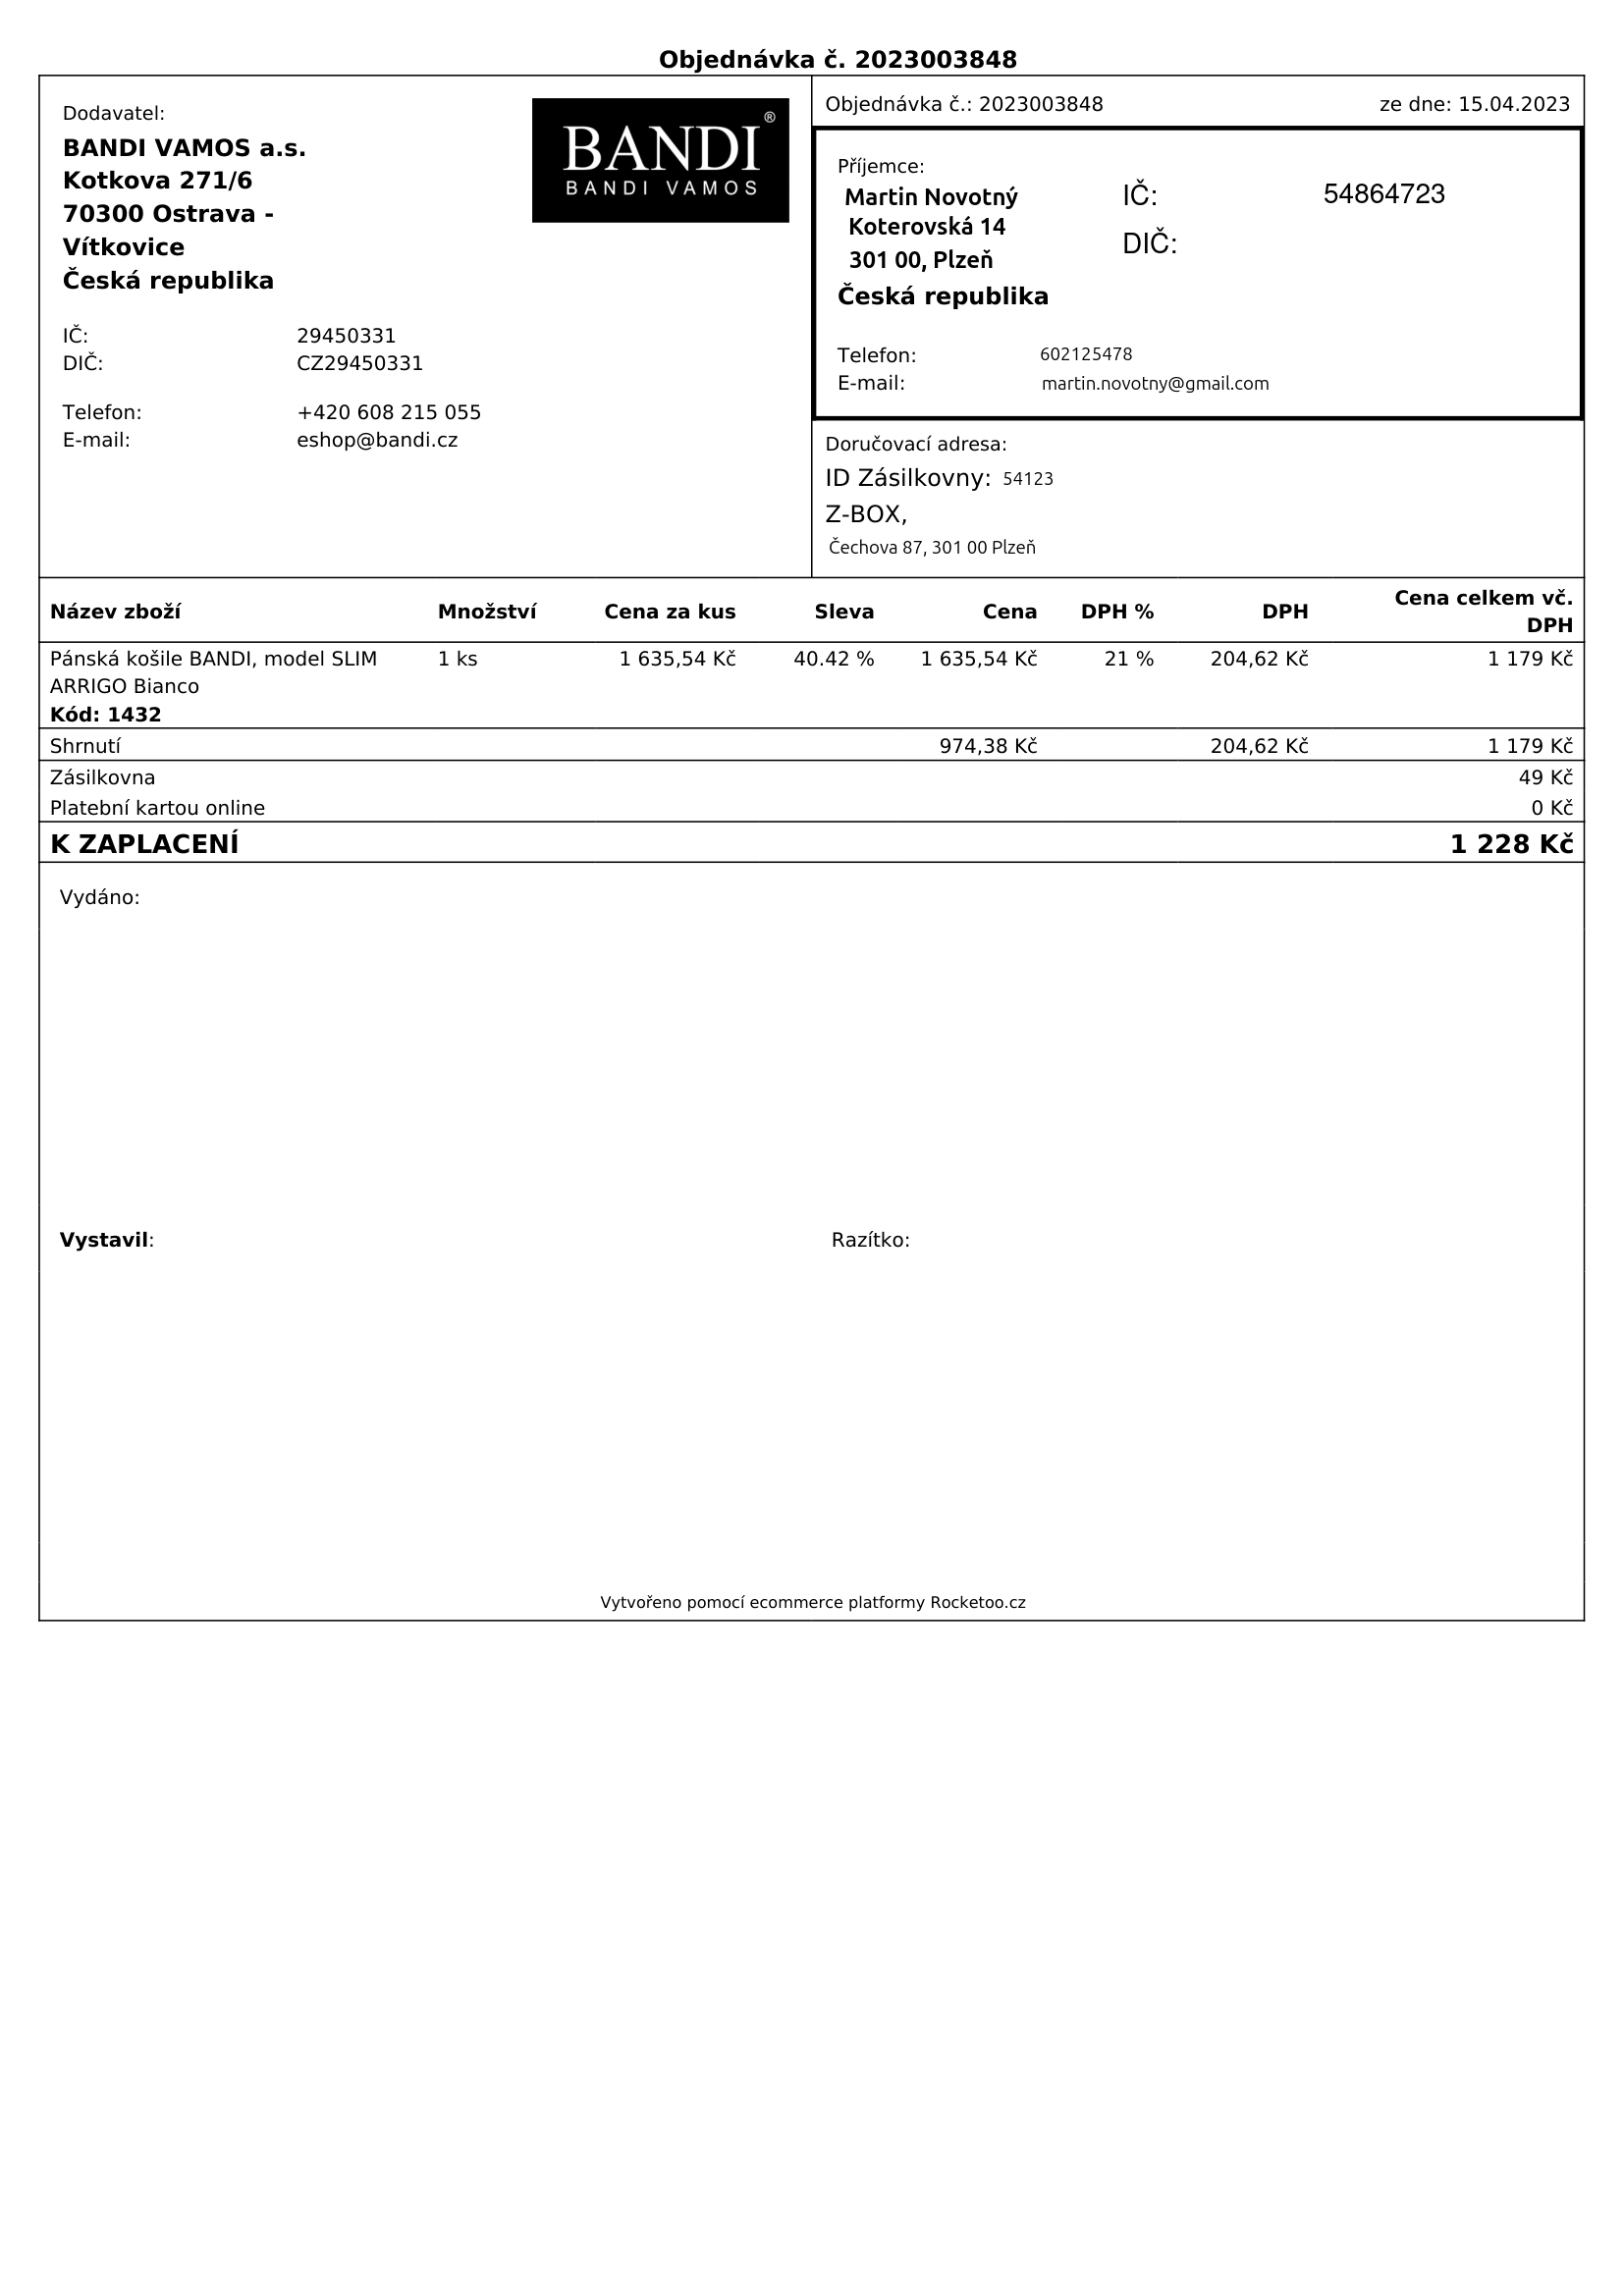
invoice_number: 2023003848
supp_register_id: 29450331
supp_tax_id: CZ29450331
cust_register_id: 54864723
payment_type: Platební kartou online
total: 1228